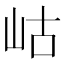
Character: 岵